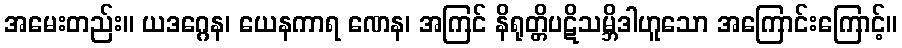
အမေးတည်း။ ယဒဂ္ဂေန၊ ယေနကာရ ဏေန၊ အကြင် နိရုတ္တိပဋိသမ္ဘိဒါဟူသော အကြောင်းကြောင့်။